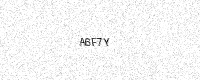
Text: A6F7Y